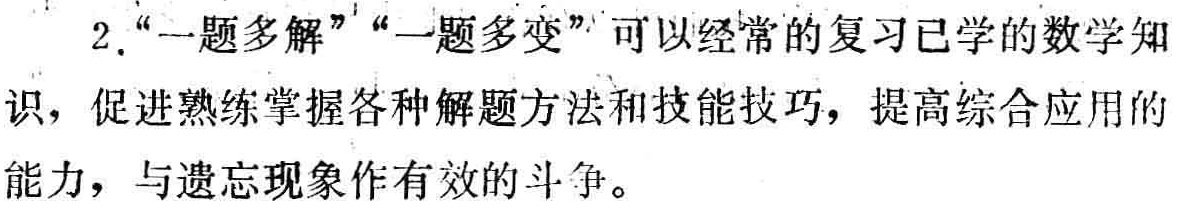
2. “一题多解”“一题多变”可以经常的复习已学的数学知识，促进熟练掌握各种解题方法和技能技巧，提高综合应用的能力，与遗忘现象作有效的斗争。